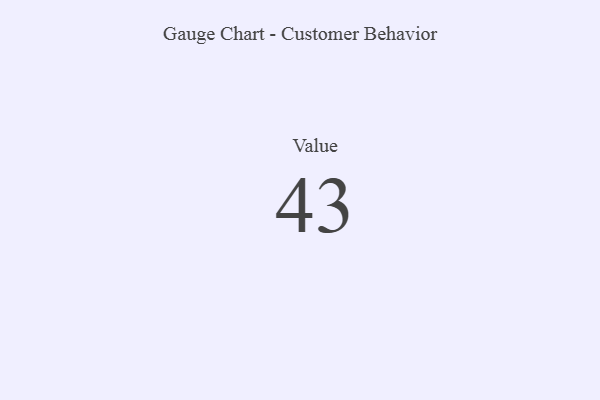
{"axis": {"x": "Metric", "y": "Value"}, "legend": [""], "data": [{"x": "Value", "y": 43, "type": ""}]}